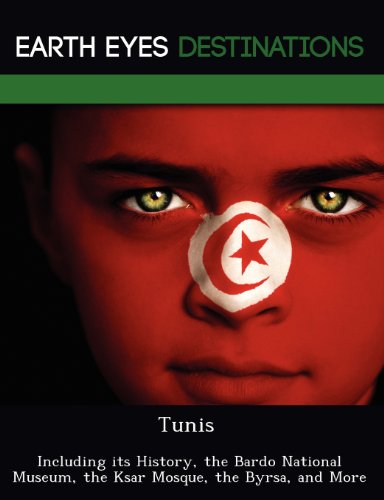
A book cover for Tunis: Including its History, the Bardo National Museum, the Ksar Mosque, the Byrsa, and More; Sandra Wilkins; Travel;